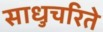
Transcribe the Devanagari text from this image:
साधुचरिते